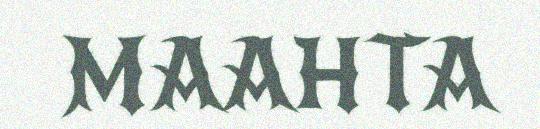
MAAHTA